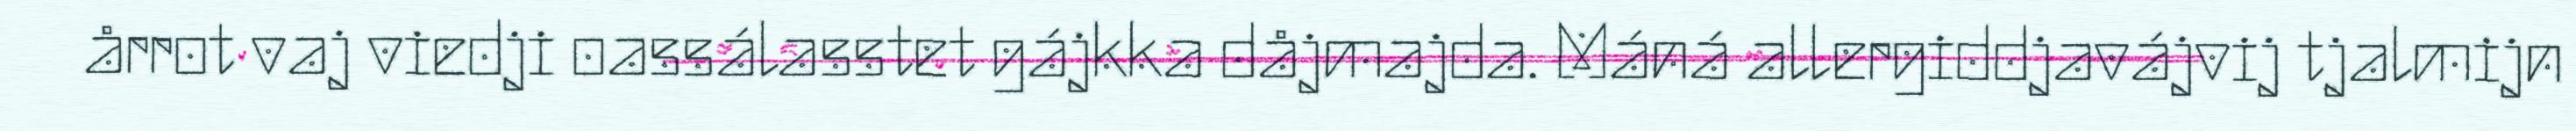
årrot vaj viedji oassálasstet gájkka dåjmajda. Máná allergiddjavájvij tjalmijn